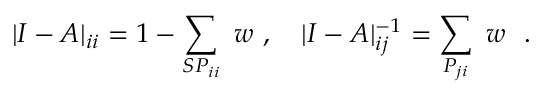
| I - A | _ { i i } = 1 - \sum _ { { \cal S P } _ { i i } } \ w \ , \quad | I - A | _ { i j } ^ { - 1 } = \sum _ { { \cal P } _ { j i } } \ w \ \ .